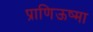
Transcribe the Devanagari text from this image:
प्राणिऊष्मा